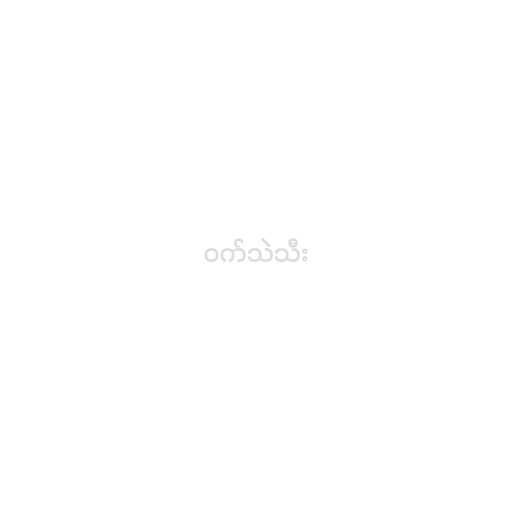
ဝက်သဲသီး